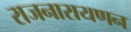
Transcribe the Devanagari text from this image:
राजनारायणन